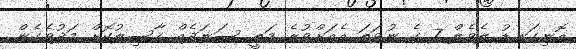
އޮނިގަނޑު ލެވެލް 7 ގެ ނުވަތަ އެއަށްވުރެ މަތީ ސަނަދެއް ހާސިލުކޮށް މަދުވެގެން